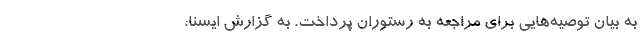
به بیان توصیه‌هایی برای مراجعه به رستوران پرداخت. به گزارش ایسنا،